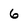
Character: 6